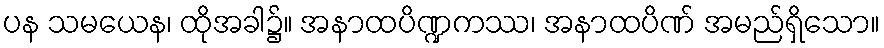
ပန သမယေန၊ ထိုအခါ၌။ အနာထပိဏ္ဍကဿ၊ အနာထပိဏ် အမည်ရှိသော။